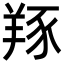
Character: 𦎇